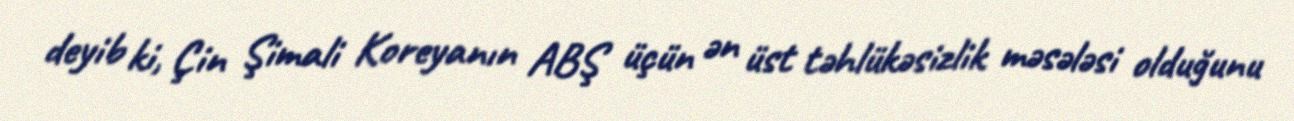
deyib ki, Çin Şimali Koreyanın ABŞ üçün ən üst təhlükəsizlik məsələsi olduğunu